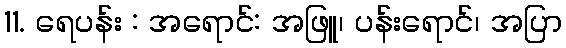
11. ရေပန်း : အရောင်: အဖြူ၊ ပန်းရောင်၊ အပြာ